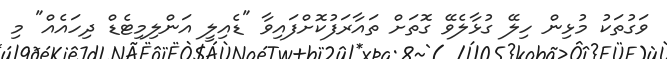
ވަގުތަކު މުޅިން ހިލޭ ގުޅާލެވޭ ގޮތަށް ތައާރަފުކޮށްފައިވާ "ޑެއިލީ އަންލިމިޓެޑް ދިހައެއް" މި